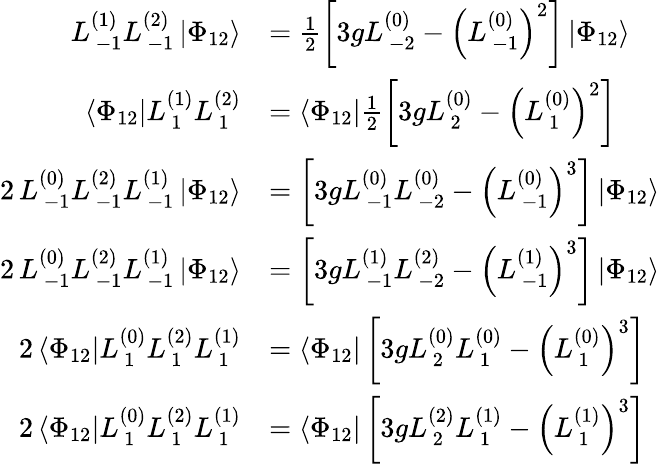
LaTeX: \begin{array}{rl}{L_{\, -1}^{(1)}L_{\, -1}^{(2)}\left|\Phi_{12}\right\rangle}&{=\frac{1}{2}\left[3gL_{\, -2}^{(0)}-\left(L_{\, -1}^{(0)}\right)^{2}\right]\left|\Phi_{12}\right\rangle}\\ {\left\langle\Phi_{12}\right|L_{\, 1}^{(1)}L_{\, 1}^{(2)}}&{=\left\langle\Phi_{12}\right|\frac{1}{2}\left[3gL_{\, 2}^{(0)}-\left(L_{\, 1}^{(0)}\right)^{2}\right]}\\ {2\, L_{\, -1}^{(0)}L_{\, -1}^{(2)}L_{\, -1}^{(1)}\left|\Phi_{12}\right\rangle}&{=\left[3gL_{\, -1}^{(0)}L_{\, -2}^{(0)}-\left(L_{\, -1}^{(0)}\right)^{3}\right]\left|\Phi_{12}\right\rangle}\\ {2\, L_{\, -1}^{(0)}L_{\, -1}^{(2)}L_{\, -1}^{(1)}\left|\Phi_{12}\right\rangle}&{=\left[3gL_{\, -1}^{(1)}L_{\, -2}^{(2)}-\left(L_{\, -1}^{(1)}\right)^{3}\right]\left|\Phi_{12}\right\rangle}\\ {2\left\langle\Phi_{12}\right|L_{\, 1}^{(0)}L_{\, 1}^{(2)}L_{\, 1}^{(1)}}&{=\left\langle\Phi_{12}\right|\left[3gL_{\, 2}^{(0)}L_{\, 1}^{(0)}-\left(L_{\, 1}^{(0)}\right)^{3}\right]}\\ {2\left\langle\Phi_{12}\right|L_{\, 1}^{(0)}L_{\, 1}^{(2)}L_{\, 1}^{(1)}}&{=\left\langle\Phi_{12}\right|\left[3gL_{\, 2}^{(2)}L_{\, 1}^{(1)}-\left(L_{\, 1}^{(1)}\right)^{3}\right]}\end{array}